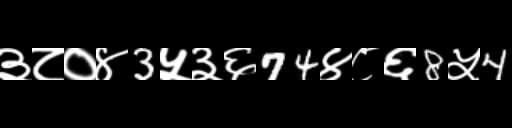
Text: ३८०४3५३६74४८६8५4